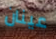
عينان